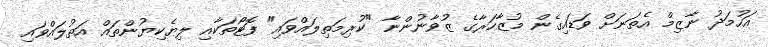
އަހުމަދު ނާޒިމް އެތަނަށް ވަޑައިގެން މުޒާހަރާގެ ޒުވާނުންނާ "ކުރިމަތިލައްވައި" ފޮޓޯތަކާއި ލިޔެކިޔުންތައް އަތުލައްވައި